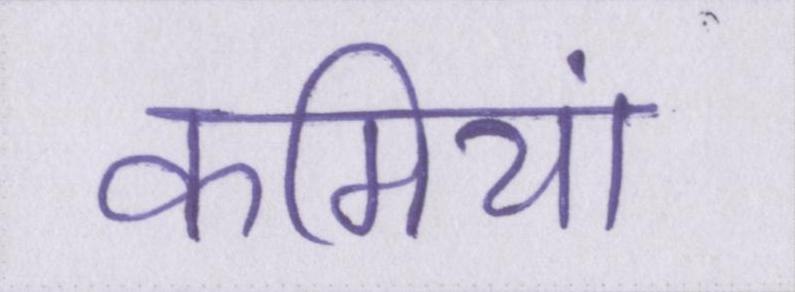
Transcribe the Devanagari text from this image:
कमियां